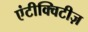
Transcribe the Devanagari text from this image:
एंटीक्विटीज़